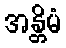
အန္တိမံ